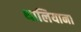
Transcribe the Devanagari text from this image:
थालियाना